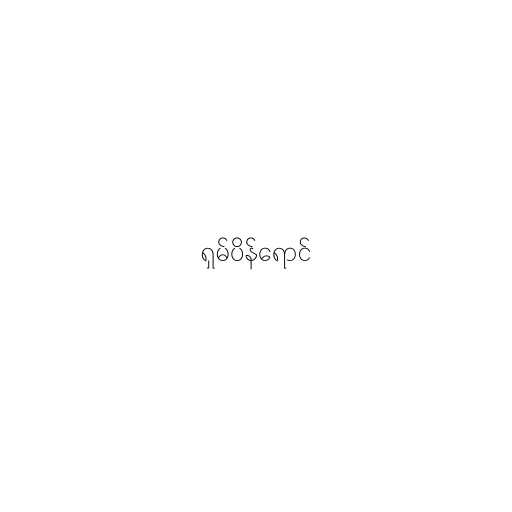
ရှမ်ပိန်ရောင်